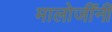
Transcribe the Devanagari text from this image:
मालोजींनी